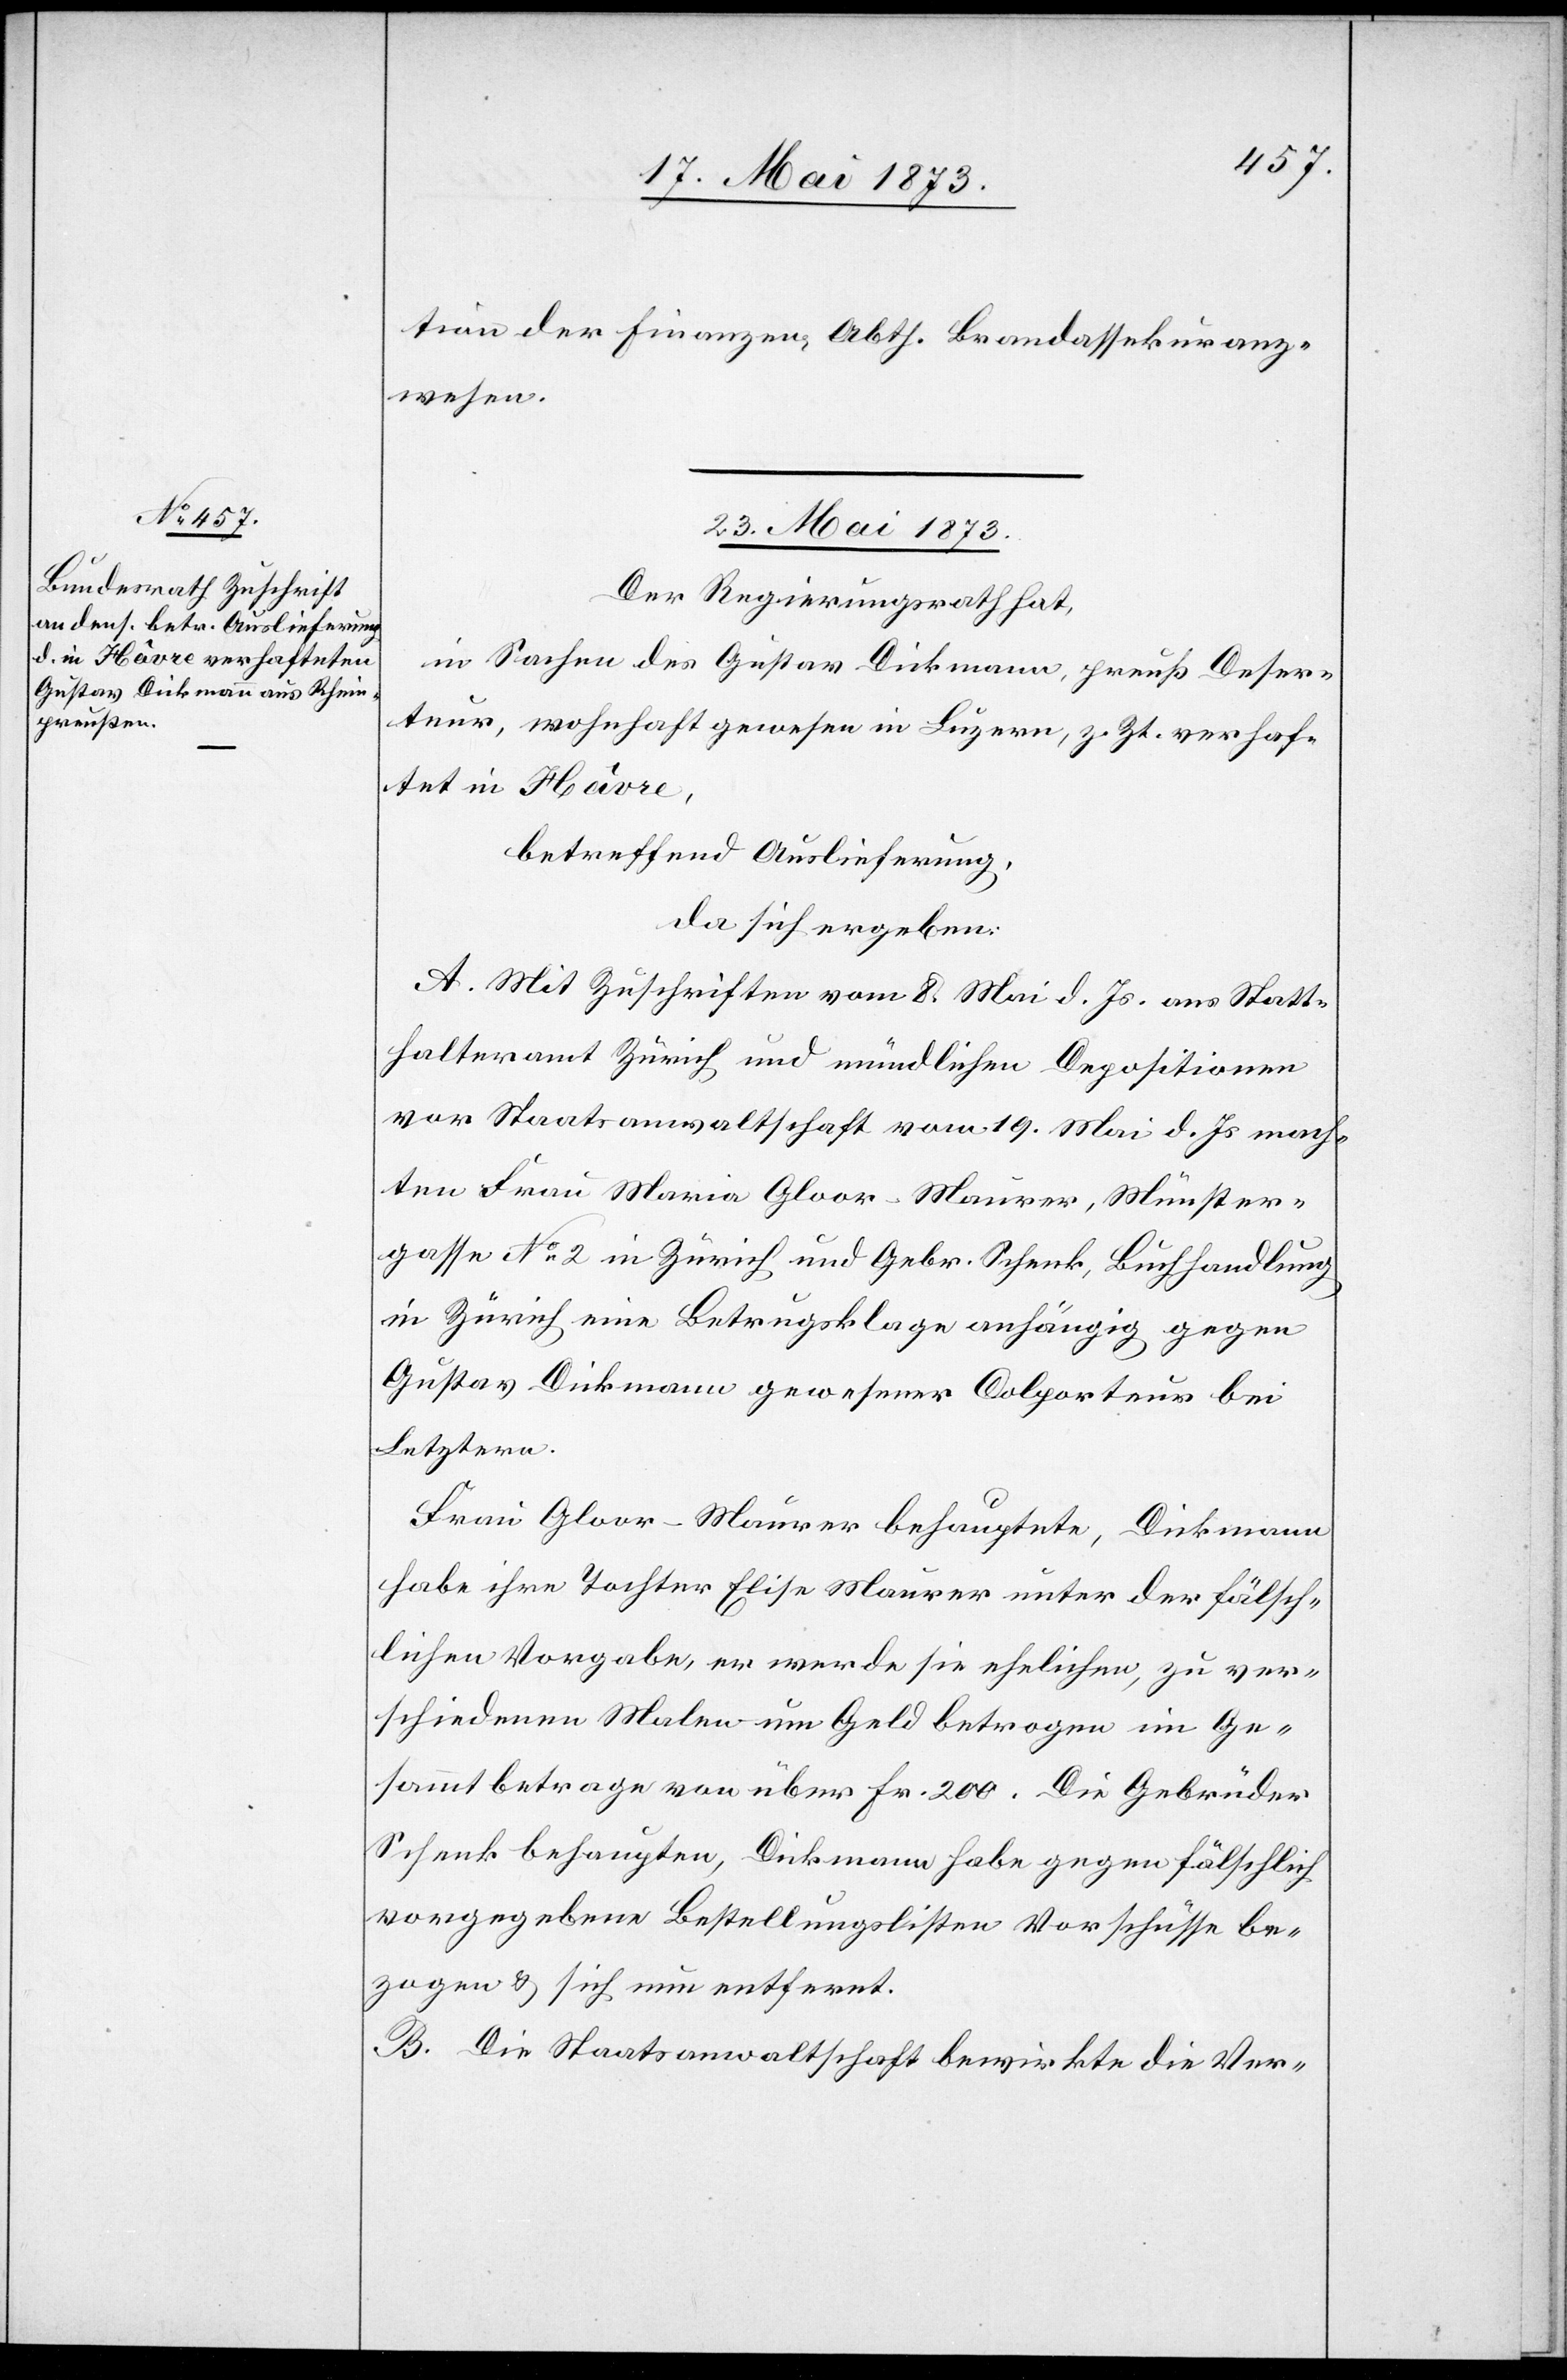
tion der Finanzen, Abth. Brandassekuranz¬
wesen.
23. Mai 1873
Der Regierungsrath hat,
in Sachen des Gustav Dickmann, preuß Deser¬
teur, wohnhaft gewesen in Luzern, z. Zt. verhaf¬
tet in Havre,
betreffend Auslieferung,
da sich ergeben:
A. Mit Zuschriften vom 8. Mai d. Js. aus [dem] Statt¬
halteramt Zürich und mündlichen Depositionen
vor Staatsanwaltschaft vom 19. Mai d. Js mach¬
ten Frau Maria Gloor-Maurer, Münster¬
gasse No 2 in Zürich und Gebr. Schenk, Buchhandlung
in Zürich eine Betrugsklage anhängig gegen
Gustav Dickmann gewesener Colporteur bei
Letztern.
Frau Gloor-Maurer behauptete, Dickmann
habe ihre Tochter Elise Maurer unter der fälsch¬
lichen Vorgabe, er werde sie ehelichen, zu ver¬
schiedenen Malen um Geld betrogen im Ge¬
sammtbetrage von über Fr. 200. Die Gebrüder
Schenk behaupten, Dickmann habe gegen fälschlich
vorgegebene Bestellungslisten Vorschüsse be¬
zogen & sich nun entfernt.
B. Die Staatsanwaltschaft bewirkte die Ver-